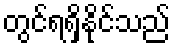
တွင်ရရှိနိုင်သည်